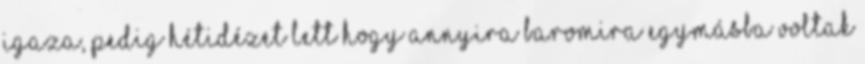
igaza, pedig hétidézet lett hogy annyira baromira egymásba voltak